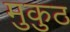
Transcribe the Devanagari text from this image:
मुकुठ